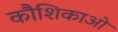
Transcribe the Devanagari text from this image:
कौशिकाओ